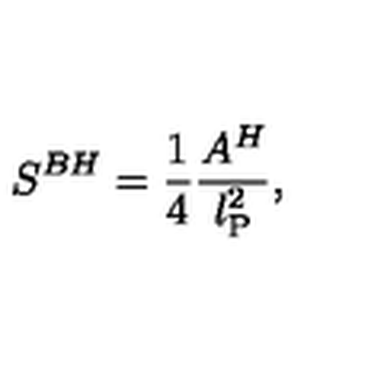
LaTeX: { S } ^ { B H } = { \frac { 1 } { 4 } } { \frac { A ^ { H } } { l _ { \mathrm { \scriptsize { P } } } ^ { 2 } } } ,